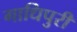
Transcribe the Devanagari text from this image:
गाधिपुरी